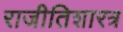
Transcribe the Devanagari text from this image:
राजीतिशारत्र